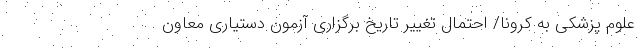
علوم پزشکی به کرونا/ احتمال تغییر تاریخ برگزاری آزمون دستیاری معاون